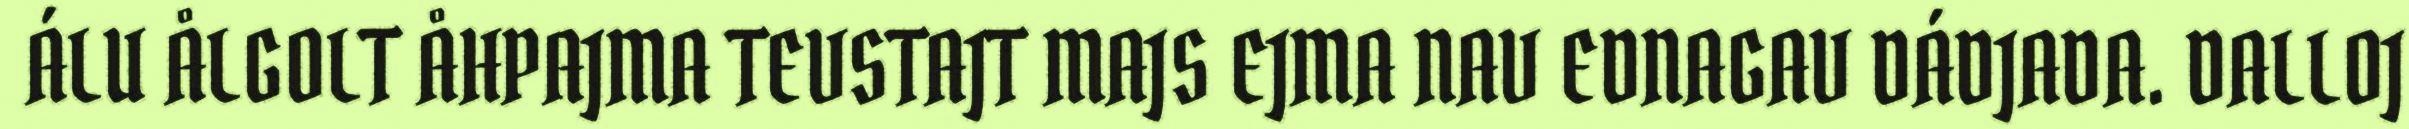
ÁLU ÅLGOLT ÅHPAJMA TEVSTAJT MAJS EJMA NAV EDNAGAV DÁDJADA. DALLOJ